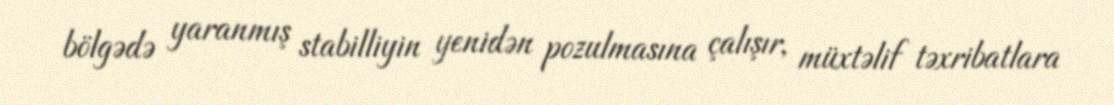
bölgədə yaranmış stabilliyin yenidən pozulmasına çalışır, müxtəlif təxribatlara